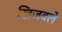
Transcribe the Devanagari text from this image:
खिजवले